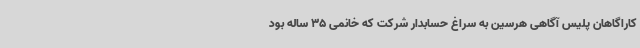
کاراگاهان پلیس آگاهی هرسین به سراغ حسابدار شرکت که خانمی 35 ساله بود